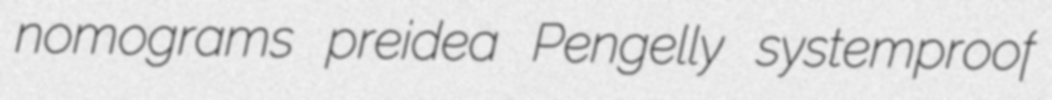
nomograms preidea Pengelly systemproof